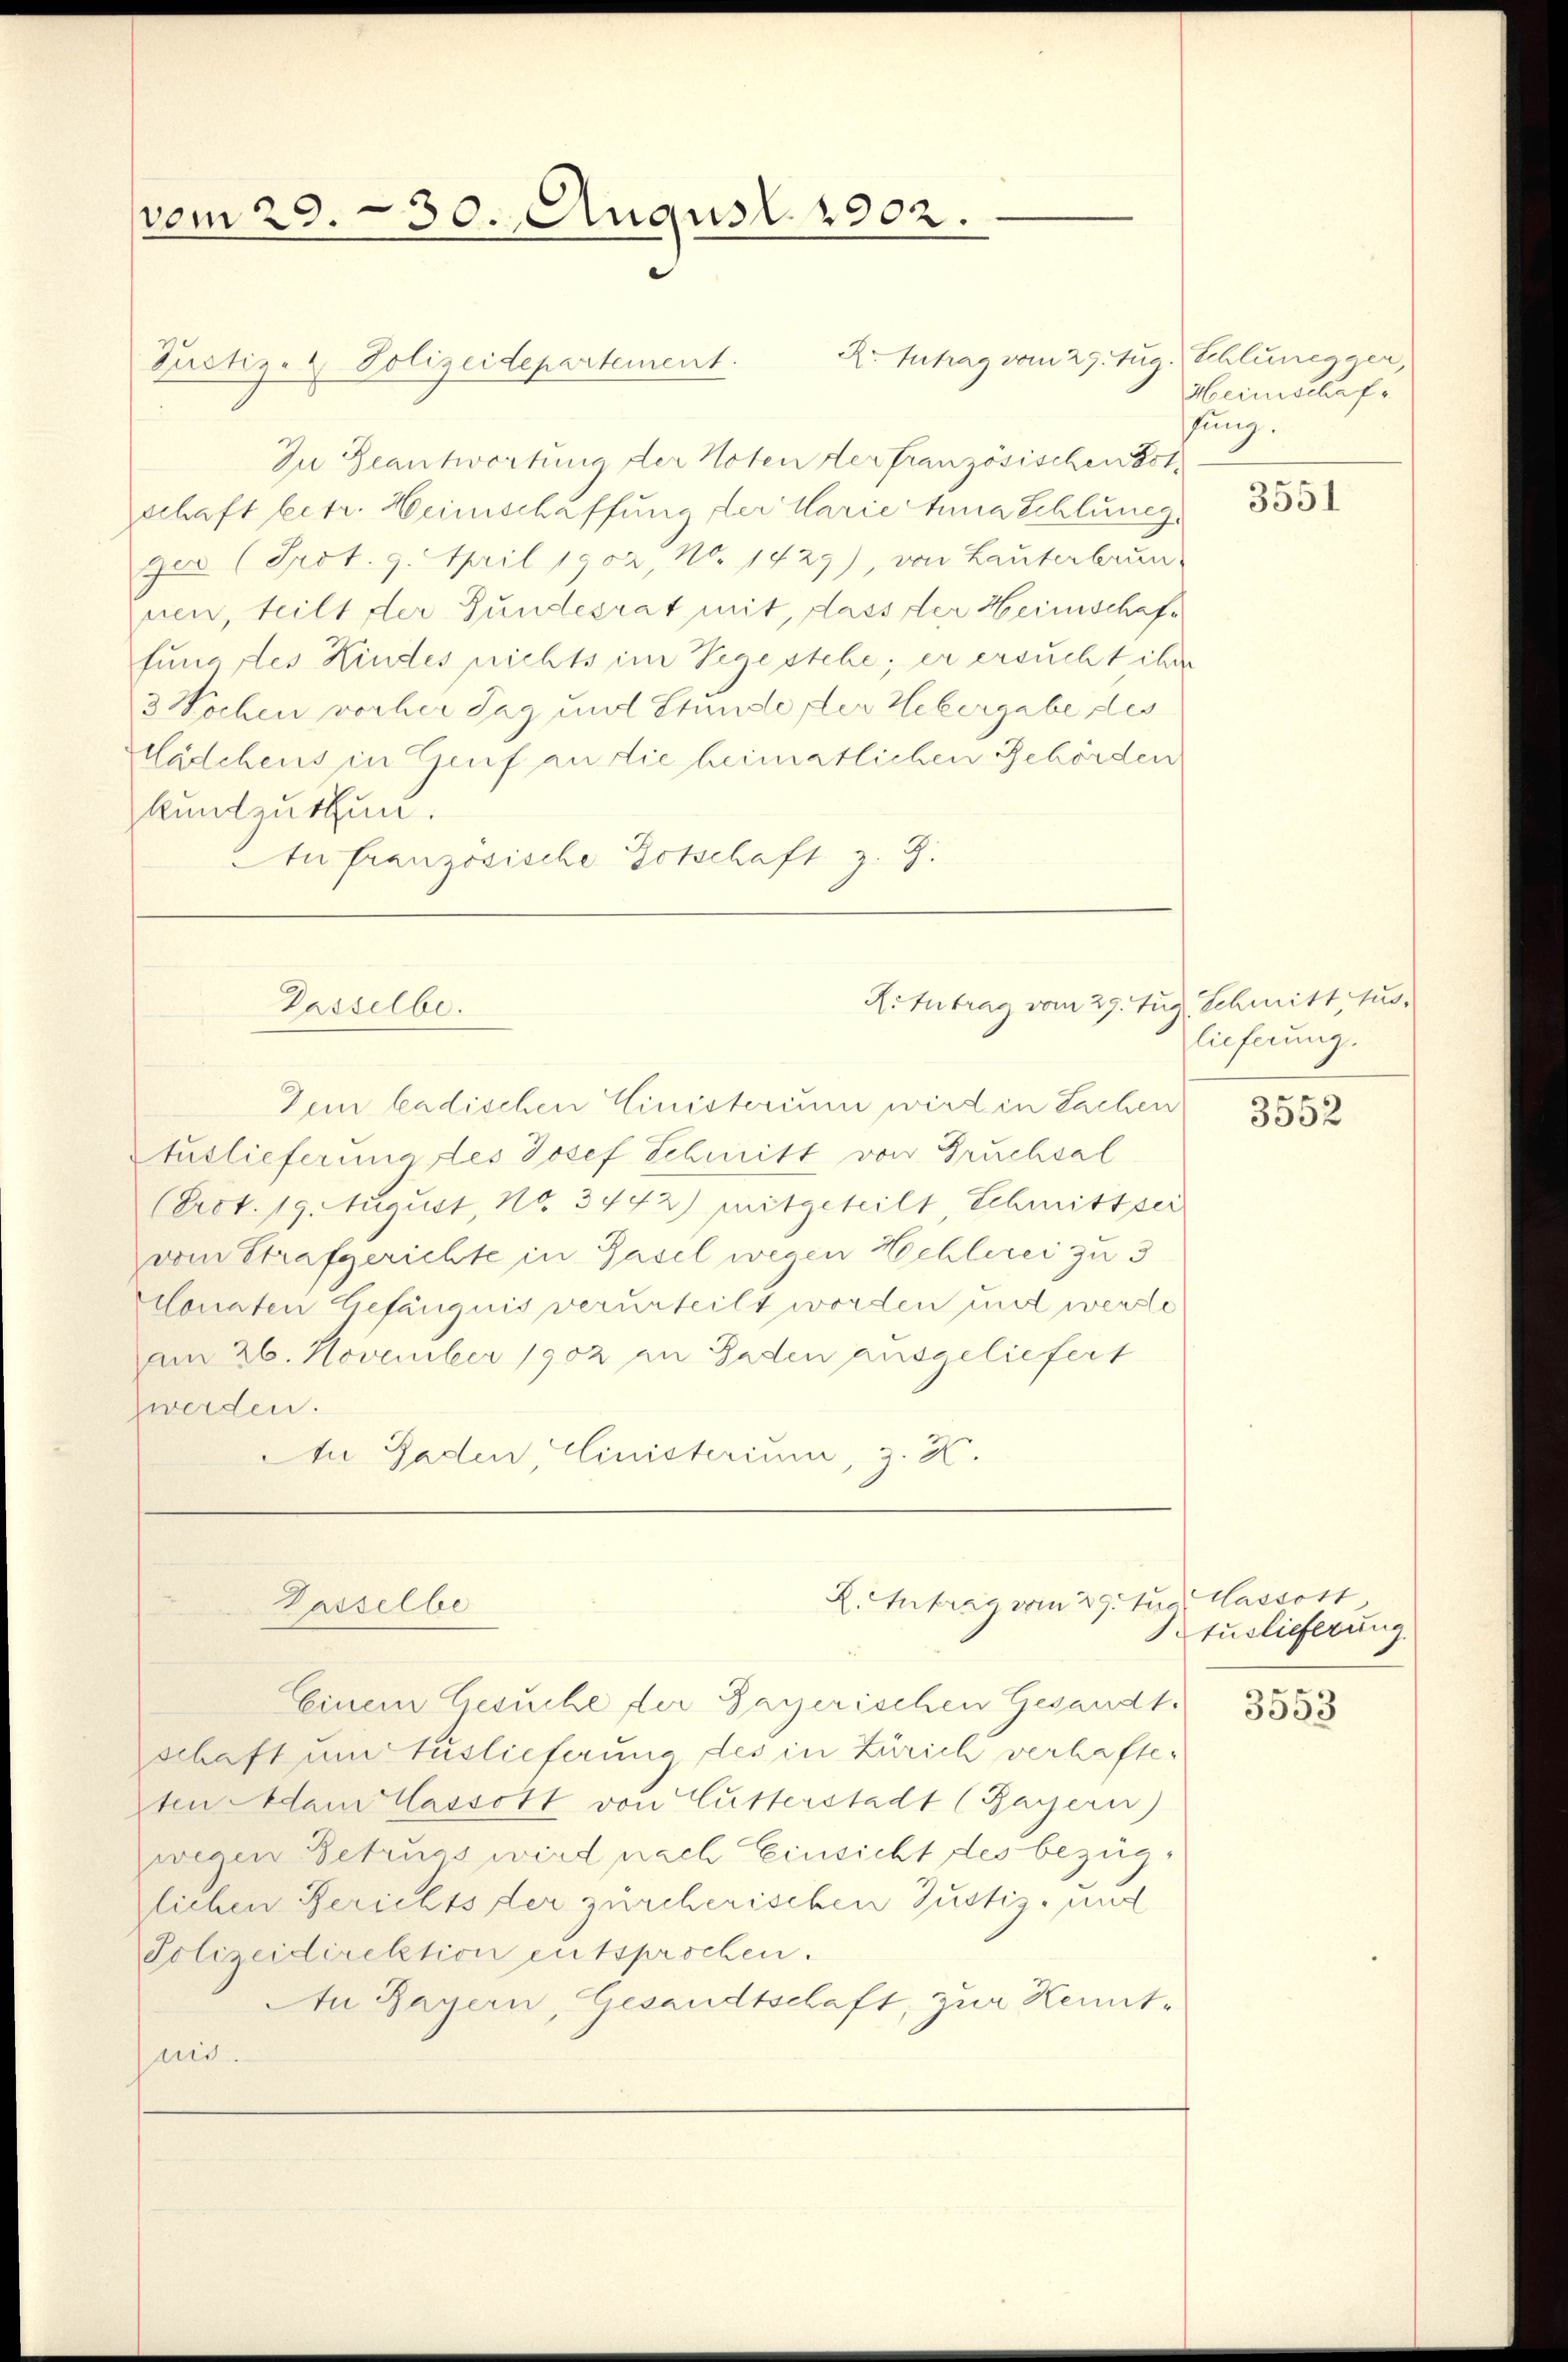
vom 29. 30. August 1902.

R. Intrag vom 29. Aug. Schluncacer,
Pustiz- & Polizeidepartement.
Zu Geantwortung der Noten der französischenst,
schaft betr. Heimschaffung der Marie una Schlung.
ger (Prot. 9. April 1902, No. 1429), von Lauterbrun-
nen, teilt der Gundesrat mit, dass der Heimschaffung des Kindes nichts im Segestehe; er ersucht ihre
3 Wochen vorher Tag und Stunde der Hebergabe des
Mädchens in Genf an die heimatlichen Gehörden
kundeutun.
An französische Botschaft z. Z.

Dein badischen Einisterium wird in Sachen
Auslieferung des Josef Schnitt von Gruchsal
(Prot. 19. August, No. 3442) mitgeteilt Schmitt sei
vom Strafgerichte in Basel wegen Hochlerei zu 3
conaten Gefängnis verurteilt worden und werde
am 26. November 1902 an Gaden ausgeliefert
zwerden.
An Gaden, Linisterium, z. K.
L. Antrag vom 29. Aug. lassott
Dasselbe
Einem Gesuche der Bayerischen Gesandt.
schaft um Auslieferung des in Zürich verhafteten Adam Classott von Lusterstadt (Bayern)
wegen Getrugs wird nach Einsicht des bezüglichen Berichts der zürcherischen Justiz- und
Polizeidirektion entsprochen.
In Bayern, Gesandtschaft, zur Kenntait.

Passelbe.

Meinschaf
hung.

3551

Ritutrag vom 29. Aug. Schmitt Auslieferung.

3552

tuslieferung.

3553